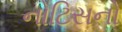
નોટિસનો